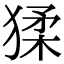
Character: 猱